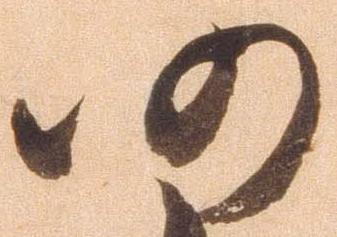
仍